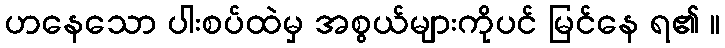
ဟနေသော ပါးစပ်ထဲမှ အစွယ်များကိုပင် မြင်နေ ရ၏ ။